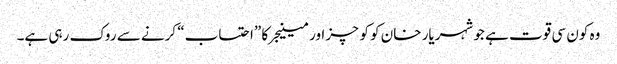
وہ کون سی قوت ہے جو شہریار خان کو کوچز اور مینیجر کا ”احتساب“ کرنے سے روک رہی ہے۔